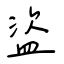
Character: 盜